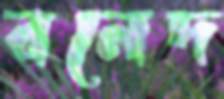
বনেদ